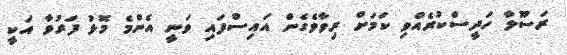
ރަސޫލާ ހަދީސްކުރެއްވި ކަމަށް ރިވާވެގެން އައިސްފައި ވަނީ އެންމެ މޮޅު ފަރުވާ އަކީ